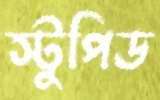
স্টুপিড